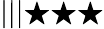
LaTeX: |||\bigstar\bigstar\bigstar